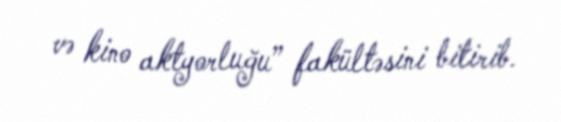
və kino aktyorluğu” fakültəsini bitirib.